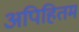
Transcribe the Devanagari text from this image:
अपिहितम